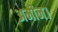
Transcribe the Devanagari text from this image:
अमीन।